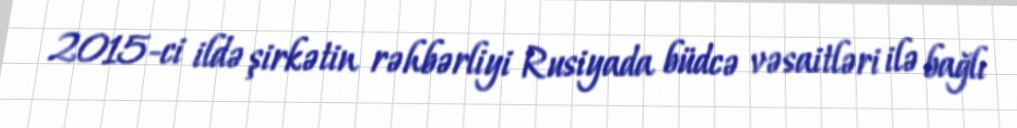
2015-ci ildə şirkətin rəhbərliyi Rusiyada büdcə vəsaitləri ilə bağlı